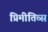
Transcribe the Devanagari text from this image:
प्रिमीतिव्स